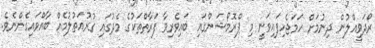
ރޯދަވީއްލުން ދިނުމަށް ހަމަޖެހިފައިވަނީ މި ޕްރޮމޯޝަންގައި ބައިވެރިވާ ފަރާތްތަކުގެ މެދުގައި ގުރުއަތުލުމެއް ބާއްވައިގެންނެވެ.